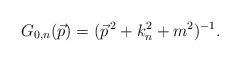
LaTeX: \begin{align*}G_{0,n}(\vec{p})=(\vec{p}^{\,2}+k_{n}^{2}+m^{2})^{-1}.\end{align*}